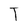
Character: T